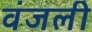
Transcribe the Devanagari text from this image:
वंजली